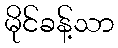
မိုင်ခန့်သာ